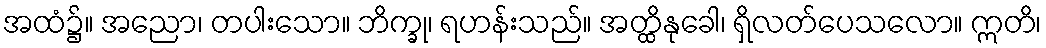
အထံ၌။ အညော၊ တပါးသော။ ဘိက္ခု၊ ရဟန်းသည်။ အတ္ထိနုခေါ၊ ရှိလတ်ပေသလော။ ဣတိ၊